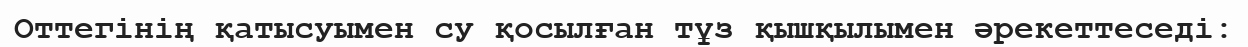
Оттегінің қатысуымен су қосылған тұз қышқылымен әрекеттеседі: